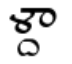
ళ్దా